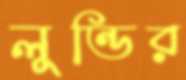
লুন্ডির